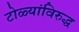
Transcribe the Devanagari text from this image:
टोळ्यांविरुद्ध